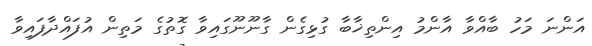
އަންނަ މަހު ބާއްވާ އާންމު އިންތިޚާބާ ގުޅިގެން ގާނޫނޫގައިވާ ގޮތުގެ މަތިން އުފައްދާފައިވާ